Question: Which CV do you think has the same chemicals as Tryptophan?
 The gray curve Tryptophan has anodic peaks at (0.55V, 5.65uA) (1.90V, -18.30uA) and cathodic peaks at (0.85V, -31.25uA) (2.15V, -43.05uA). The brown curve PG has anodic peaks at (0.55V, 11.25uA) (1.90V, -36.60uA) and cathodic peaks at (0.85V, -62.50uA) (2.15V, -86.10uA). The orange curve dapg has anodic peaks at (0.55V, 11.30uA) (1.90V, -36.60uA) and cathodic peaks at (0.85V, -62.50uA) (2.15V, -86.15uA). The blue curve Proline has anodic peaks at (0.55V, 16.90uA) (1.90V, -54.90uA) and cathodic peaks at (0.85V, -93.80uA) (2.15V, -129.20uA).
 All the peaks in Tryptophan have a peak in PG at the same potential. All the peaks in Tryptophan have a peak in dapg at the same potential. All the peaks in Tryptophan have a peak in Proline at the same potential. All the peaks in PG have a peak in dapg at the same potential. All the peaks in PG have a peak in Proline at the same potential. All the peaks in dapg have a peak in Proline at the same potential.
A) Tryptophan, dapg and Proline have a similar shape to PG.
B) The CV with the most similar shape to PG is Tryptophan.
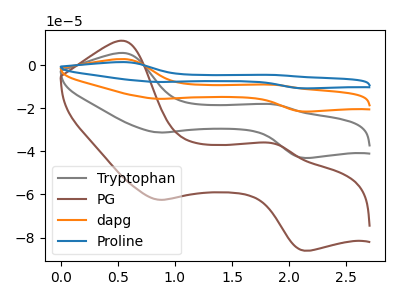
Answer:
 <answer>A) "Tryptophan", "dapg" and "Proline" have a similar shape to "PG".</answer>
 <eval>A</eval>